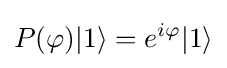
P(\varphi )|1\rangle =e^{i\varphi }|1\rangle